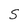
Character: S